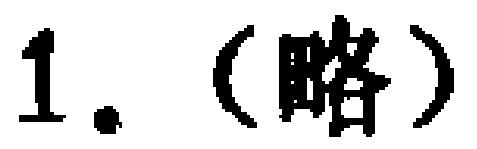
1. （略）